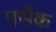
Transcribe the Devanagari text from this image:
पसैक